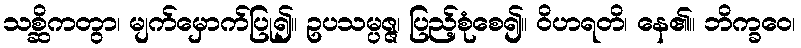
သစ္ဆိကတွာ၊ မျက်မှောက်ပြု၍။ ဥပသမ္ပဇ္ဇ၊ ပြည့်စုံစေ၍။ ဝိဟရတိ၊ နေ၏။ ဘိက္ခဝေ၊